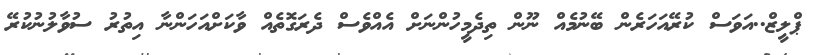
ޕްލީޒް..އަވަސް ކުރޭއަހަރެން ބޭނުމެއް ނޫން ތިދެމީހުންނަށް އެއްވެސް ދެރަގޮތެއް ވާކަށްއަހަންނާ އިތުރު ސުވާލުނުކުރޭ